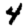
Digit: 4